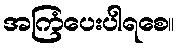
အကြံပေးပါရစေ။